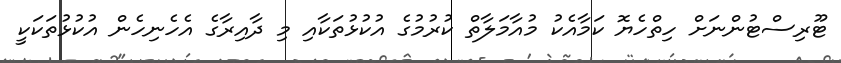
ޓޫރިސްޓުންނަށް ހިތްހެޔޮ ކަމާއެކު މުއާމަލާތް ކުރުމުގެ އުކުޅުތަކާއި މި ދާއިރާގެ އެހެނިހެން އުކުޅުތަކަކީ